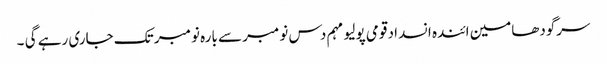
سرگودھامین ائندہ انسداد قومی پولیو مہم دس نومبر سے بارہ نومبر تک جاری رہے گی ۔